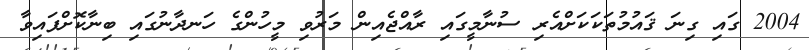
2004 ގައި ގިނަ ޤައުމުތަކަކަށްއެރި ސުނާމީގައި ރާއްޖެއިން މަރުވި މީހުންގެ ހަނދާނުގައި ބިނާކޮށްފައިވާ